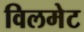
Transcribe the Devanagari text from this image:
विलमेट